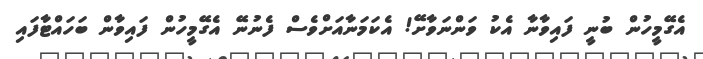
އެގޭމީހުން ބުނީ ފައިވާނާ އެކު ވަންނަވާށޭ! އެކަމަނާއަށްވެސް ފެނުނޭ އެގޭމީހުން ފައިވާން ބަހައްޓާފައި